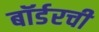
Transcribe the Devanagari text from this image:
बॉर्डरची